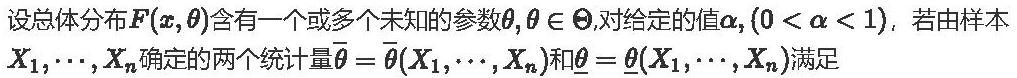
设总体分布$F(x,\theta)$含有一个或多个未知的参数$\theta,\theta\in\Theta$,对给定的值$\alpha,(0 < \alpha < 1)$, 若由样本$X_1,\cdots,X_n$确定的两个统计量$\overline{\theta}=\overline{\theta}(X_1,\cdots,X_n)$和$\underline{\theta}=\underline{\theta}(X_1,\cdots,X_n)$满足